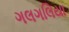
ગલગલિયા